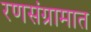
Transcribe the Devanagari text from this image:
रणसंग्रामात